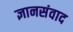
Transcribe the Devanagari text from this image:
ज्ञानसंवाद